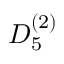
{ D } _ { 5 } ^ { ( 2 ) }